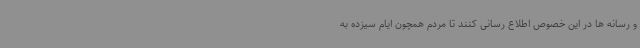
و رسانه ها در این خصوص اطلاع رسانی کنند تا مردم همچون ایام سیزده به